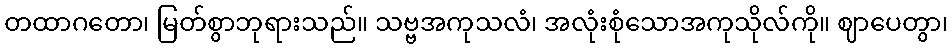
တထာဂတော၊ မြတ်စွာဘုရားသည်။ သဗ္ဗအကုသလံ၊ အလုံးစုံသောအကုသိုလ်ကို။ ဈာပေတွာ၊